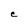
Character: C